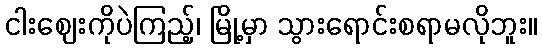
ငါးဈေးကိုပဲကြည့်၊ မြို့မှာ သွားရောင်းစရာမလိုဘူး။